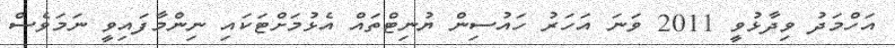
އަހްމަދު ވިދާޅުވީ 2011 ވަނަ އަހަރު ހައުސިން ޔުނިޓްތައް އެޅުމަށްޓަކައި ނިންމާފައިވީ ނަމަވެސް